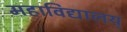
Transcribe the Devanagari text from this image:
महाविद्यालय्